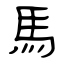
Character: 馬